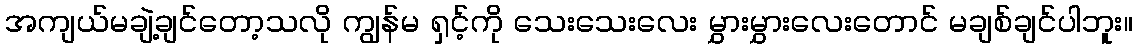
အကျယ်မချဲ့ချင်တော့သလို ကျွန်မ ရှင့်ကို သေးသေးလေး မွှားမွှားလေးတောင် မချစ်ချင်ပါဘူး။